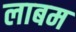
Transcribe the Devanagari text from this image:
लाबम